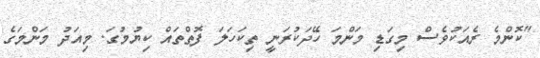
"ކޮންމެ ރެއަކުވެސް މިގަޑި މަންމަ ހޭދަކުރަނީ ތިކަހަލަ ފޮތްތައް ކިޔުމުގަ. މިއަދު މަންމަގެ